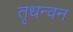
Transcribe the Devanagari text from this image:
तृधन्वन